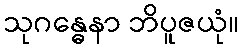
သုဂန္ဓေနာ ဘိပူဇယုံ။